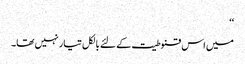
‘‘
میں اس قنوطیت کے لئے بالکل تیار نہیں تھا۔